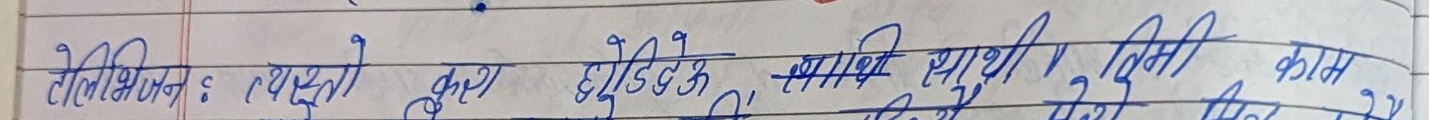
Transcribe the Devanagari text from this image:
टेलिभिजन : व्यस्तता झुटो हो, मान्छे आफ्नो खुसी काम